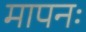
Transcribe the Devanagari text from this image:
मापनः